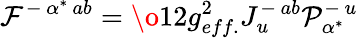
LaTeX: {\cal F}^{-\, \alpha^{*}\, ab}=\o{1}{2}g_{eff.}^{2}J_{u}^{-\, ab}{\cal P}_{\alpha^{*}}^{-\, u}